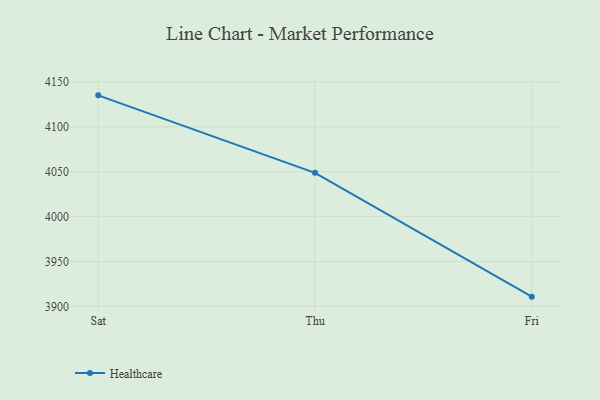
{"axis": {"x": "Day", "y": "Website Visitors"}, "legend": ["Healthcare"], "data": [{"x": "Sat", "y": 4135.0, "type": "Healthcare"}, {"x": "Thu", "y": 4048.7, "type": "Healthcare"}, {"x": "Fri", "y": 3910.8, "type": "Healthcare"}]}